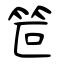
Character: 笸